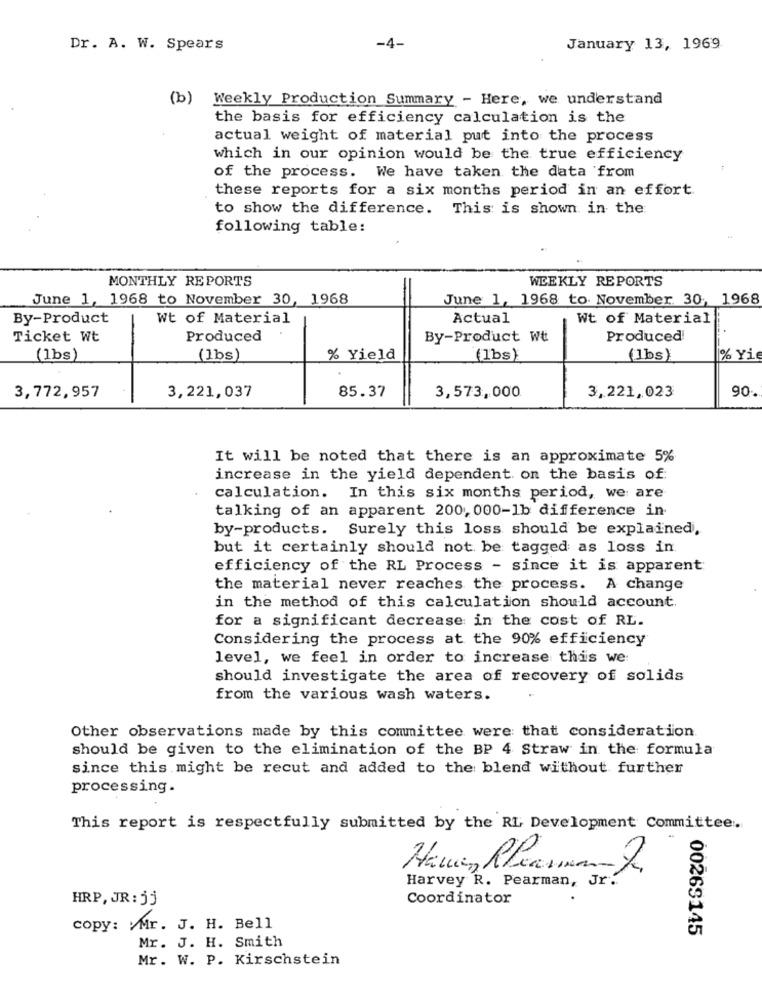
Dr. A. W. Spears
-4-
January 13, 1969
(b) Weekly Production Summary - Here, we understand
the basis for efficiency calculation is the
actual weight of material put into the process
which in our opinion would be the true efficiency
of the process. We have taken the data from
these reports for a six months period in an effort
to show the difference. This is shown in the
following table:
MONTHLY REPORTS
WEEKLY REPORTS
June 1, 1968 to November 30, 1968
June 1, 1968 to November 30, 1968
By-Product
Wt of Material
Actual
Wt of Material
Ticket Wt
Produced
By-Product Wt
Produced!
(lbs)
(lbs)
% Yield
(1bs)
(Ibs)
1% Yie
3,221,037
85.37
90.
3,772,957
3,573,000
3,221,023
It will be noted that there is an approximate 5%
increase in the yield dependent on the basis of:
calculation. In this six months period, we are
talking of an apparent 200, 000-1b difference in
by-products. Surely this loss should be explained.
but it certainly should not be tagged as loss in
efficiency of the RL Process - since it is apparent
the material never reaches the process. A change
in the method of this calculation should account.
for a significant decrease in the cost of RL.
Considering the process at the 90% efficiency
level, we feel in order to increase this we:
should investigate the area of recovery of solids
from the various wash waters.
Other observations made by this committee were that consideration
should be given to the elimination of the BP 4 Straw in the formula
since this might be recut and added to the blend without further
processing.
This report is respectfully submitted by the RL Development Committee.
Hauen, Shearman 2
Harvey R. Pearman, Jr ..
HRP, JR : jj
Coordinator
copy: Mr. J. H. Bell
00263145
Mr. J. H. Smith
Mr. W. P. Kirschstein